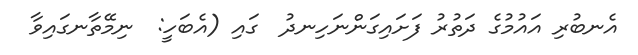
އެނބުރި އައުމުގެ ދަތުރު ފަށައިގަންނަހިނދު  ގައި (އެބަހީ:  ނިމޭތާނގައިވާ